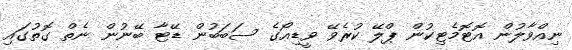
ނިއްވާލުން އޮޓޮމެޓިކުން ޕްލޭ ކުރެވޭ ވީޑިއޯގެ ސަބަބުން ޑޭޓާ ބޭނުން ނެތް ގޮތުގައި